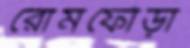
রোমফোঁড়া